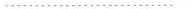
……